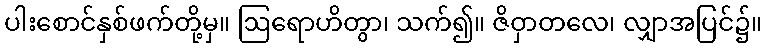
ပါးစောင်နှစ်ဖက်တို့မှ။ ဩရောဟိတွာ၊ သက်၍။ ဇိဝှာတလေ၊ လျှာအပြင်၌။